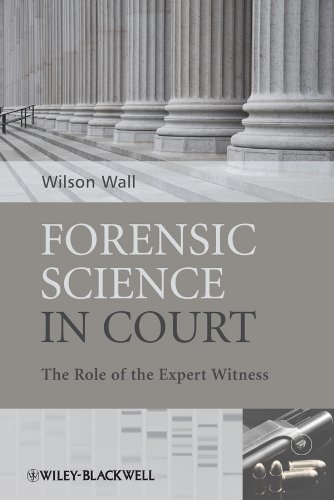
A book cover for Forensic Science in Court: The Role of the Expert Witness; Wilson Wall; Law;